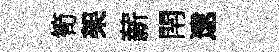
筍架薪閈逮